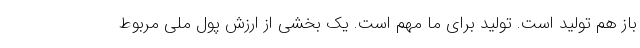
باز هم تولید است. تولید برای ما مهم است. یک بخشی از ارزش پول ملی مربوط